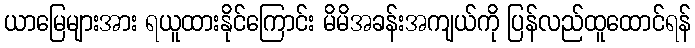
ယာမြေများအား ရယူထားနိုင်ကြောင်း မိမိအခန်းအကျယ်ကို ပြန်လည်ထူထောင်ရန်